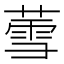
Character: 𬝹